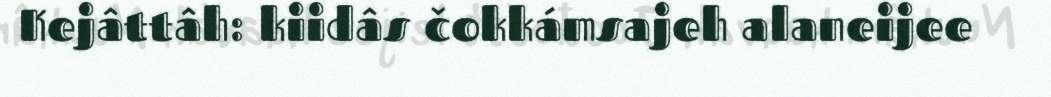
Kejâttâh: kiidâs čokkámsajeh alaneijee